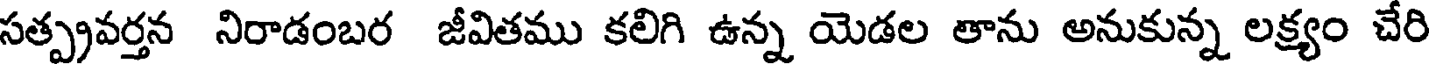
సత్ప్రవర్తన నిరాడంబర జీవితము కలిగి ఉన్న యెడల తాను అనుకున్న లక్ష్యం చేరి